Annual report of the Bengal Veterinary College and of the Civil Veterinary Department, Bengal, for the year 1913-1914 - 1913-1914
Year: 1913
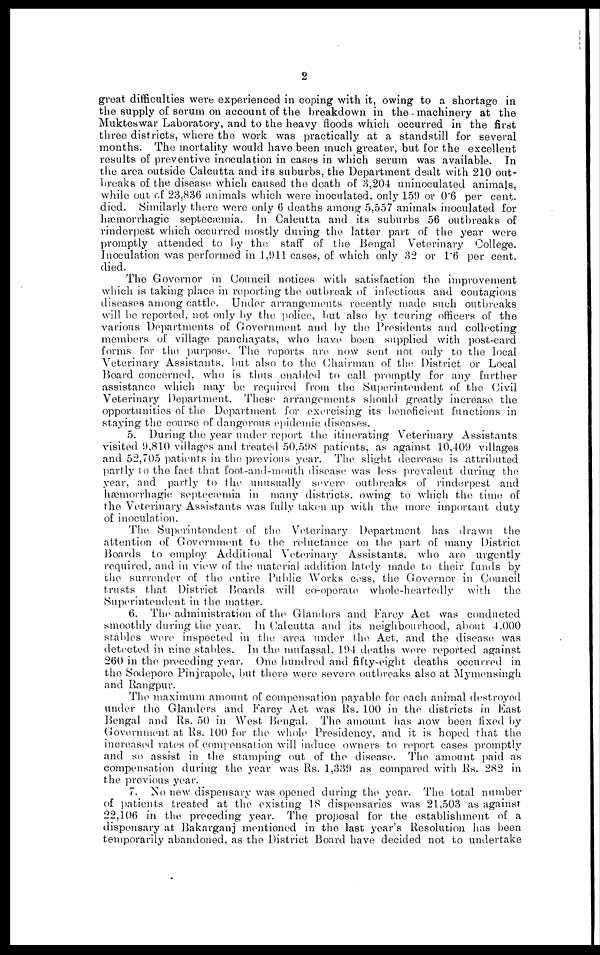
2
great difficulties were experienced in coping with it, owing to a shortage in
the supply of serum on account of the breakdown in the machinery at the
Mukteswar Laboratory, and to the heavy floods which occurred in the first
three districts, where the work was practically at a standstill for several
months. The mortality would have been much greater, but for the excellent
results of preventive inoculation in cases in which serum was available. In
the area outside Calcutta and its suburbs, the Department dealt with 210 out-
breaks of the disease which caused the death of 3,204 uninoculated animals,
while out of 23,836 animals which were inoculated, only 159 or 0.6 per cent.
died. Similarly there were only 6 deaths among 5,557 animals inoculated for
hæmorrliagic septecæmia. In Calcutta and its suburbs 56 outbreaks of
rinderpest which occurred mostly during the latter part of the year were
promptly attended to by the staff of the Bengal Veterinary College.
Inoculation was performed in 1,911 cases, of which only 32 or 1"6 per cent.
died.
The Governor in Council notices with satisfaction the improvement
which is taking place in reporting the outbreak of infectious and contagious
diseases among cattle. Under arrangements recently made such outbreaks
will be reported, not only by the police, but also by touring officers of the
various Departments of Government and by the Presidents and collecting
members of village panchayats, who have been supplied with post-card
forms for the purpose. The reports are now sent not only to the local
Veterinary Assistants, but also to the Chairman of the District or Local
Board concerned, who is thus enabled to call promptly for any further
assistance which may be required from the Superintendent of the Civil
Veterinary Department. These arrangements should greatly increase the
opportunities of the Department for exorcising its beneficient functions in
staying the course of dangerous epidemic diseases.
5. During the year under report the itinerating Veterinary Assistants
visited 9,810 villages and treated 50,598 patients, as against 10,409 villages
and 52,705 patients in the previous year. The slight decrease is attributed
partly to the fact that foot-and-mouth disease was less prevalent during the
year, and partly to the unusually severe outbreaks of rinderpest and
hæmorrhagic septecæmia in many districts, owing to which the time of
the Veterinary Assistants was fully taken up with the more important duty
of inoculation.
The Superintendent of the Veterinary Department has drawn the
attention of Government to the reluctance on the part of many District
Boards to employ Additional Veterinary Assistants, who are urgently
required, and in view of the material addition lately made to their funds by
the surrender of the entire Public Works coss, the Governor in Council
trusts that District Boards will co-operate whole-heartedly with the
Superintendent in the matter.
6. The administration of the Glanders and Farcy Act was conducted
smoothly during the year. In Calcutta and its neighbourhood, about 4,000
stables wore inspected in the area under the Act, and the disease was
detected in nine stables. In the mufassal, 194 deaths were reported against
260 in the preceding year. One hundred and fifty-eight deaths occurred in
the Sodepore Pinjrapole, but there were severe outbreaks also at Mymensingh
and Rangpur.
The maximum amount of compensation payable for each animal destroyed
under the Glanders and Farcy Act was Rs. 100 in the districts in East
Bengal and Rs. 50 in West Bengal. The amount has now been fixed by
Government at Rs. 100 for the whole Presidency, and it is hoped that the
increased rates of compensation will induce owners to report cases promptly
and so assist in the stamping out of the disease. The amount paid as
compensation during the year was Rs. 1,339 as compared with Rs. 282 in
the previous year.
7. No new dispensary was opened during the year. The total number
of patients treated at the existing 18 dispensaries was 21,503 as against
22,106 in the preceding year. The proposal for the establishment of a
dispensary at Bakarganj mentioned in the last year's Resolution has been
temporarily abandoned, as the District Board have decided not to undertake